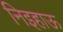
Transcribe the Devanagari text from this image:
निइहाऊ